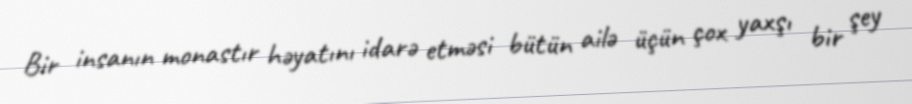
Bir insanın monastır həyatını idarə etməsi bütün ailə üçün çox yaxşı bir şey